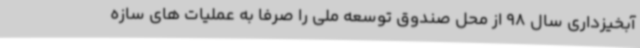
آبخیزداری سال 98 از محل صندوق توسعه ملی را صرفا به عملیات های سازه